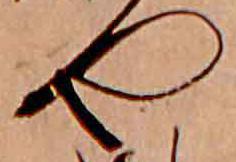
や